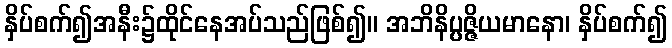
နှိပ်စက်၍အနီး၌ထိုင်နေအပ်သည်ဖြစ်၍။ အဘိနိပ္ပဇ္ဇိယမာနော၊ နှိပ်စက်၍